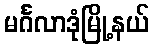
မင်္ဂလာဒုံမြို့နယ်